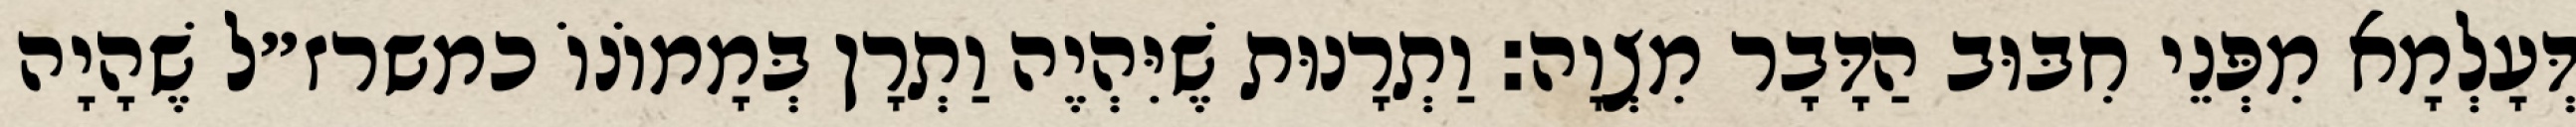
דְּעָלְמָא מִפְּנֵי חִבּוּב הַדָּבָר מִצְוָה: וַתְרָנוּת שֶׁיִּהְיֶה וַתְרָן בְּמָמוֹנוֹ כמשרז״ל שֶׁהָיָה